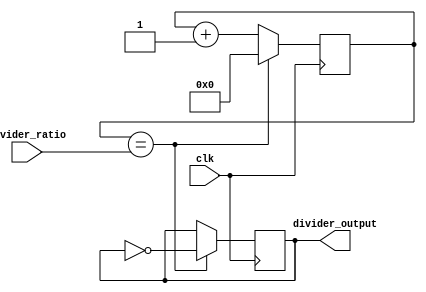
module binary_clock_divider (
    input clk,
    input [7:0] divider_ratio,
    output reg divider_output
);

reg [7:0] counter;

always @(posedge clk) begin
    counter <= counter + 1;
    if (counter == divider_ratio) begin
        divider_output <= ~divider_output;
        counter <= 0;
    end
end

endmodule